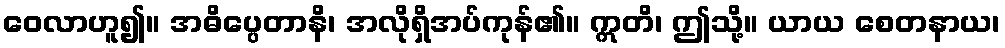
ဝေလာဟူ၍။ အဓိပ္ပေတာနိ၊ အလိုရှိအပ်ကုန်၏။ ဣတိ၊ ဤသို့။ ယာယ စေတနာယ၊